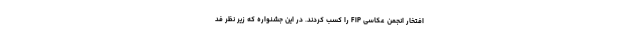
افتخار انجمن عکاسی FIP را کسب کردند. در این جشنواره که زیر نظر فد